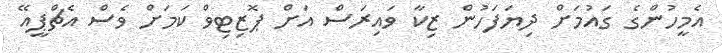
އެމީހުންގެ ގައުމަށް ދިޔަފަހުން ޒިކާ ވައިރަސް އަށް ޕޮޒިޓިވް ކަމަށް ވެސް އެޗްޕީއޭ